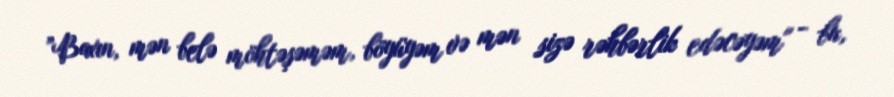
”Baxın, mən belə möhtəşəməm, böyüyəm və mən sizə rəhbərlik edəcəyəm" - bu,